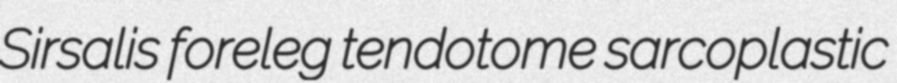
Sirsalis foreleg tendotome sarcoplastic